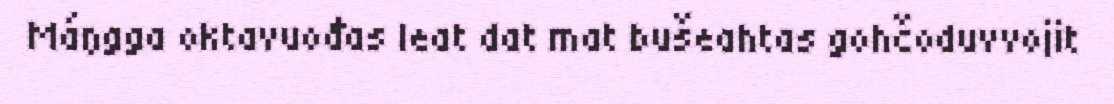
Máŋgga oktavuođas leat dat mat bušeahtas gohčoduvvojit